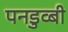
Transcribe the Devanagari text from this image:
पनडुव्बी